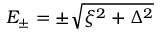
E _ { \pm } = \pm \sqrt { \xi ^ { 2 } + \Delta ^ { 2 } }